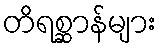
တိရစ္ဆာန်များ